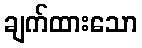
ချက်ထားသော